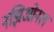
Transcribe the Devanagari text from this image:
नझिओनल